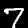
Label: 7